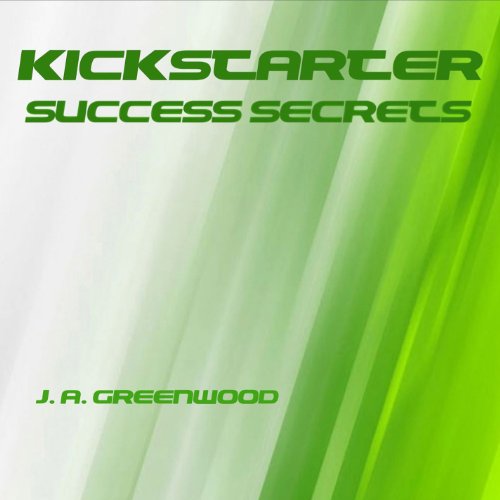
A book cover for Kickstarter Success Secrets; J. Alexander Greenwood; Business & Money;